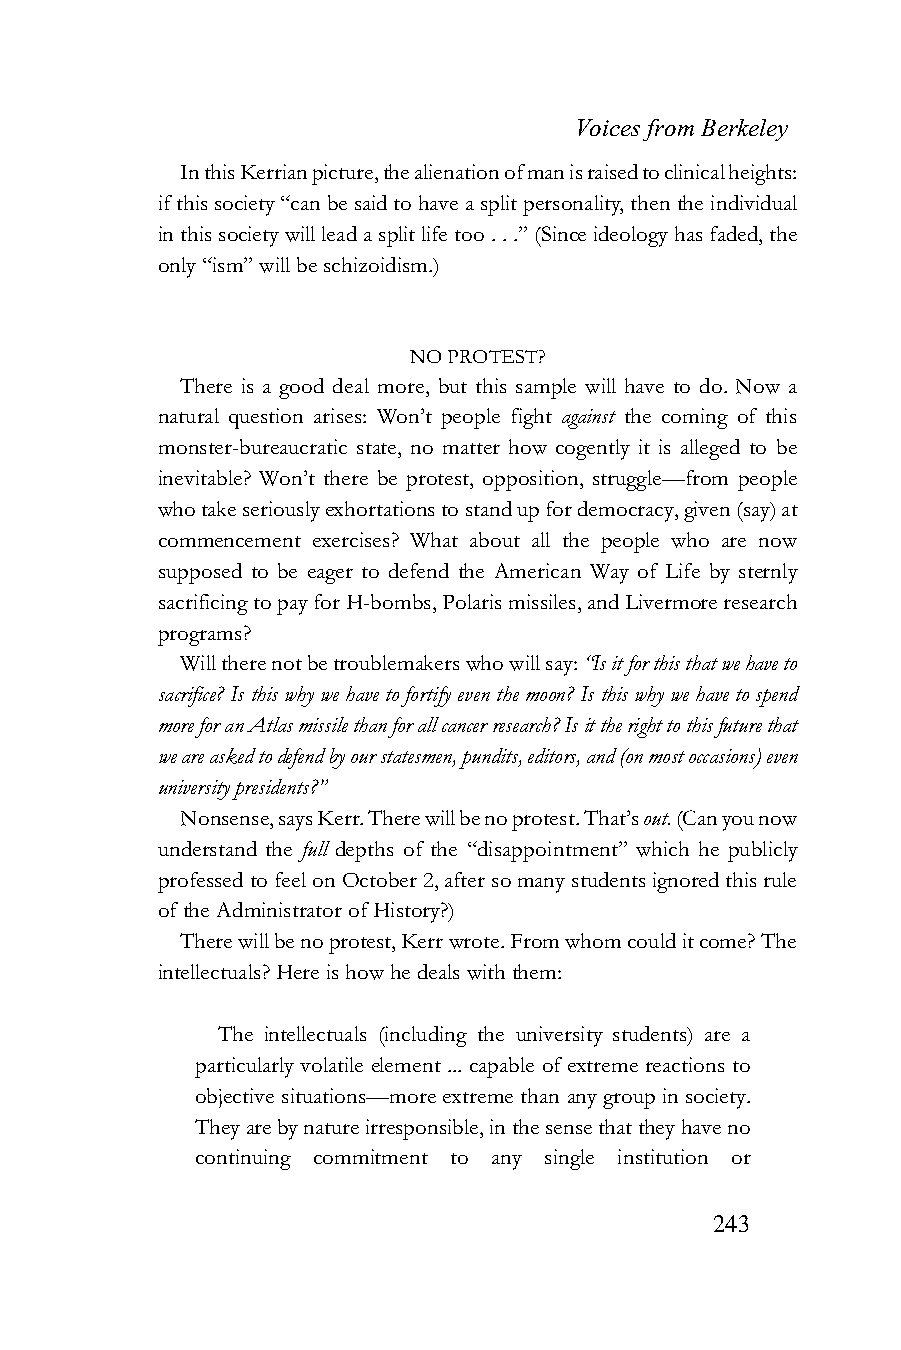
Voices from Berkeley
 In this Kerrian picture, the alienation of man is raised to clinical heights:
 if this society “can be said to have a split personality, then the individual
 in this society will lead a split life too . . .” (Since ideology has faded, the
 only “ism” will be schizoidism.)
 NO PROTEST?
 There is a good deal more, but this sample will have to do. Now a
 natural question arises: Won’t people fight against the coming of this
 monster-bureaucratic state, no matter how cogently it is alleged to be
 inevitable? Won’t there be protest, opposition, struggle—from people
 who take seriously exhortations to stand up for democracy, given (say) at
 commencement exercises? What about all the people who are now
 supposed to be eager to defend the American Way of Life by sternly
 sacrificing to pay for H-bombs, Polaris missiles, and Livermore research
 programs?
 Will there not be troublemakers who will say: “Is it for this that we have to
 sacrifice? Is this why we have to fortify even the moon? Is this why we have to spend
 more for an Atlas missile than for all cancer research? Is it the right to this future that
 we are asked to defend by our statesmen, pundits, editors, and (on most occasions) even
 university presidents?”
 Nonsense, says Kerr. There will be no protest. That’s out. (Can you now
 understand the full depths of the “disappointment” which he publicly
 professed to feel on October 2, after so many students ignored this rule
 of the Administrator of History?)
 There will be no protest, Kerr wrote. From whom could it come? The
 intellectuals? Here is how he deals with them:
 The intellectuals (including the university students) are a
 particularly volatile element ... capable of extreme reactions to
 objective situations—more extreme than any group in society.
 They are by nature irresponsible, in the sense that they have no
 continuing commitment to any single institution or
 243